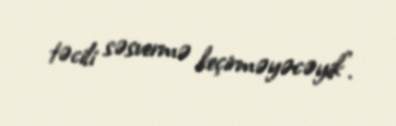
təcili səsvermə keçirməyəcəyik”.